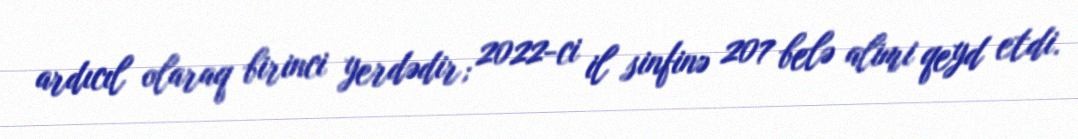
ardıcıl olaraq birinci yerdədir; 2022-ci il sinfinə 207 belə alimi qeyd etdi.